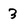
Character: 3